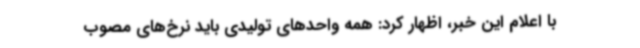
با اعلام این خبر، اظهار کرد: همه واحدهای تولیدی باید نرخ‌های مصوب